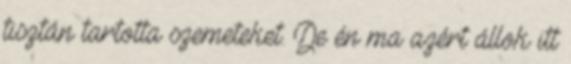
tisztán tartotta szemeteket. De én ma azért állok itt